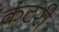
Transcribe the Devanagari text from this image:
कंटरी